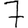
Digit: 7